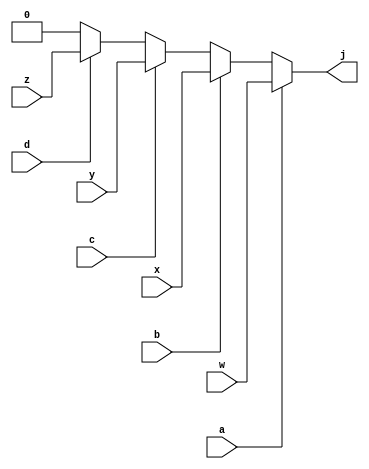

module priority_encoder (
	input a, b, c, d, w, x, y, z,
	output j
);

	assign j = (a == 1) ? w :
					(b == 1) ? x :
					(c == 1) ? y :
					(d == 1) ? z : 0;

endmodule